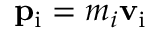
\mathbf { p } _ { \mathrm { { i } } } = m _ { i } \mathbf { v } _ { \mathrm { { i } } } \,